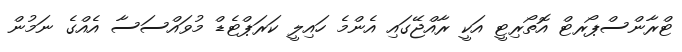
ޓްރާންސްޕޯރޓް އޮތޯރިޓީ އަކީ ރާއްޖޭގައި އެންމެ ހައިލީ ކަރަޕްޓެޑް މުވައްސަސާ އެއްގެ ނަމުން